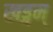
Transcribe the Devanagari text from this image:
खड्गम्